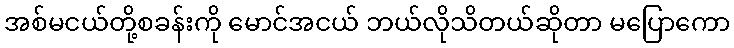
အစ်မငယ်တို့စခန်းကို မောင်အငယ် ဘယ်လိုသိတယ်ဆိုတာ မပြောကော